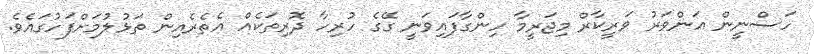
ހަސްނީން އަންވަރު ވަރީކާރް މިޖަރީމާ ހިންގާފައިވަނީ ގޭގެ ހުރިހާ ދޮރިތަކެއް އެތެރެއިން ތަޅުލުމަށްފަހުގައެވެ.